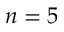
n = 5